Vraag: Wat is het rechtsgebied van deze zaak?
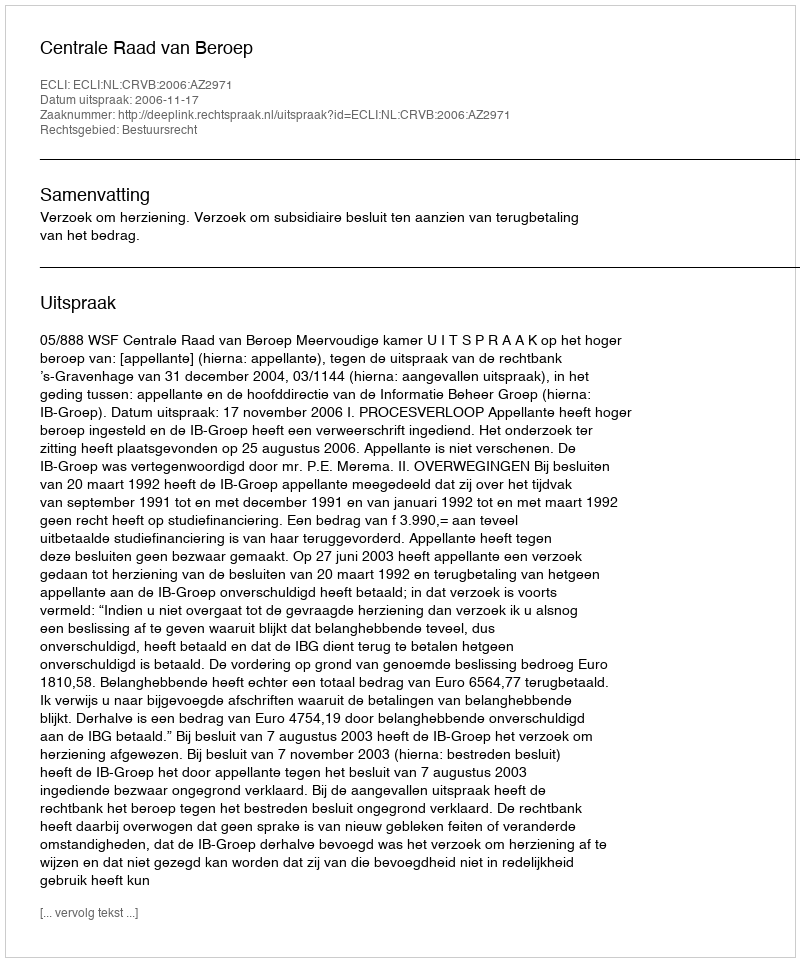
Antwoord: Bestuursrecht